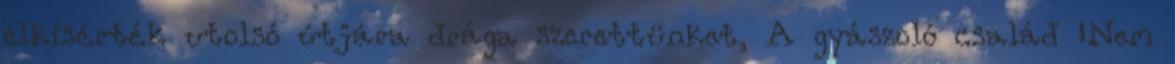
elkísérték utolsó útjára drága szerettünket, A gyászoló család „Nem